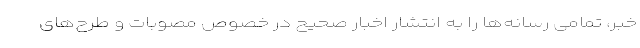
خبر، تمامی رسانه‌ها را به انتشار اخبار صحیح در خصوص مصوبات و طرح‌های